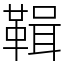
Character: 䩰